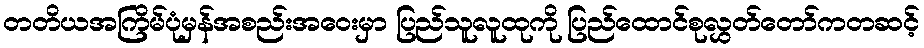
တတိယအကြိမ်ပုံမှန်အစည်းအဝေးမှာ ပြည်သူလူထုကို ပြည်ထောင်စုလွှတ်တော်ကတဆင့်